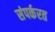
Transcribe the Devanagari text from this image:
संपर्करत